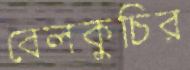
বেলকুচির